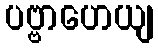
ပဗ္ဗာဟေယျ